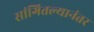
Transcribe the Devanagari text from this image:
सांगितल्यानंतर